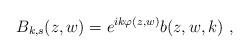
\begin{align*}B_{k,s}(z,w)=e^{ik\varphi(z,w)}b(z,w,k)\ , \end{align*}